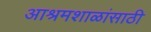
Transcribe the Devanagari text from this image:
आश्रमशाळांसाठी